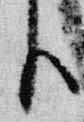
臣